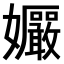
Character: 𫲠